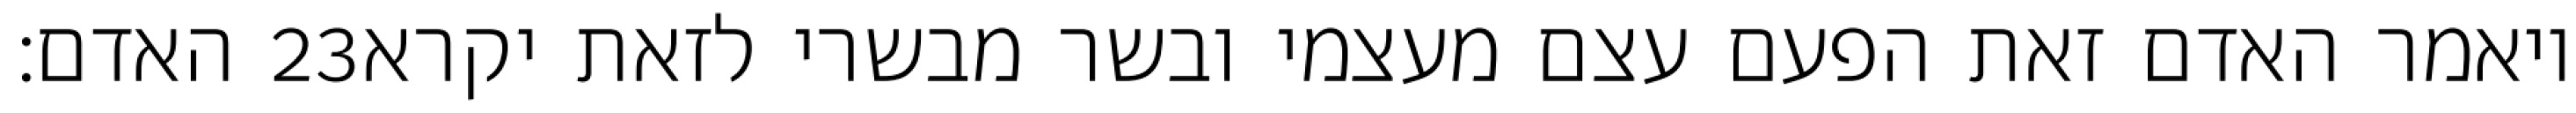
האדם׃ ‎23‏ ויאמר האדם זאת הפעם עצם מעצמי ובשר מבשרי לזאת יקרא